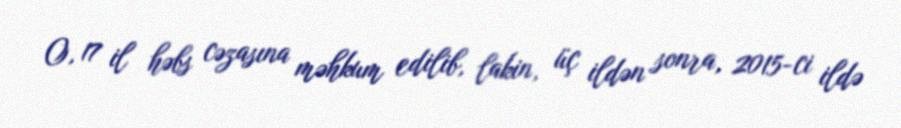
O, 17 il həbs cəzasına məhkum edilib, lakin, üç ildən sonra, 2015-ci ildə